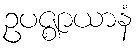
ဥပဇ္ဈာယာနံ